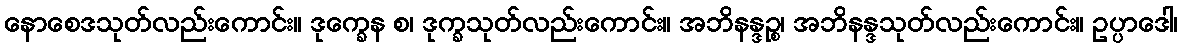
နောစေဒသုတ်လည်းကောင်း။ ဒုက္ခေန စ၊ ဒုက္ခသုတ်လည်းကောင်း။ အဘိနန္ဒဉ္စ၊ အဘိနန္ဒသုတ်လည်းကောင်း။ ဥပ္ပာဒေါ၊